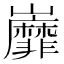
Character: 𡿐